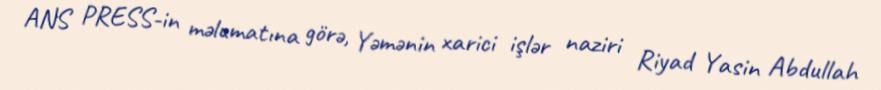
ANS PRESS-in məlumatına görə, Yəmənin xarici işlər naziri Riyad Yasin Abdullah